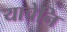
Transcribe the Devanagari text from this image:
याचेनि